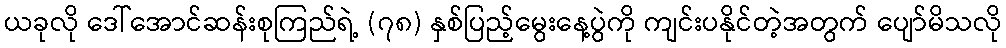
ယခုလို ဒေါ်အောင်ဆန်းစုကြည်ရဲ့ (၇၈) နှစ်ပြည့်မွေးနေ့ပွဲကို ကျင်းပနိုင်တဲ့အတွက် ပျော်မိသလို